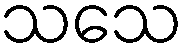
သသေ